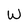
Character: W